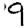
Digit: 9